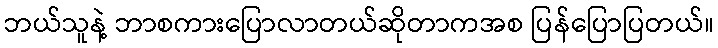
ဘယ်သူနဲ့ ဘာစကားပြောလာတယ်ဆိုတာကအစ ပြန်ပြောပြတယ်။